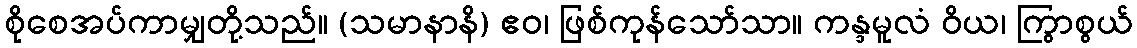
စိုစေအပ်ကာမျှတို့သည်။ (သမာနာနိ) ဧဝ၊ ဖြစ်ကုန်သော်သာ။ ကန္ဒမူလံ ဝိယ၊ ကြွာစွယ်